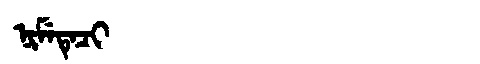
Manchu: ᠨᡳᠮᡝᡨᡝᠴᡳ
Romanization: NIMETECI